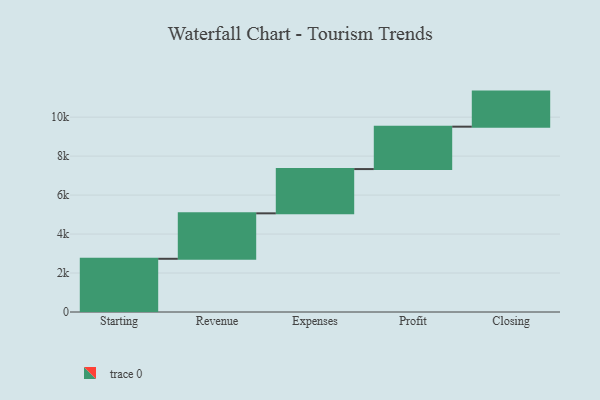
{"axis": {"x": "Step", "y": "Value"}, "legend": [""], "data": [{"x": "Starting", "y": 2731.0, "type": ""}, {"x": "Revenue", "y": 2333.0, "type": ""}, {"x": "Expenses", "y": 2271.0, "type": ""}, {"x": "Profit", "y": 2176.0, "type": ""}, {"x": "Closing", "y": 1800.0, "type": ""}]}